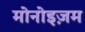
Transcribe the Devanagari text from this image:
मोनोइज़म